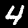
Digit: 4